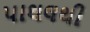
પાથલથી